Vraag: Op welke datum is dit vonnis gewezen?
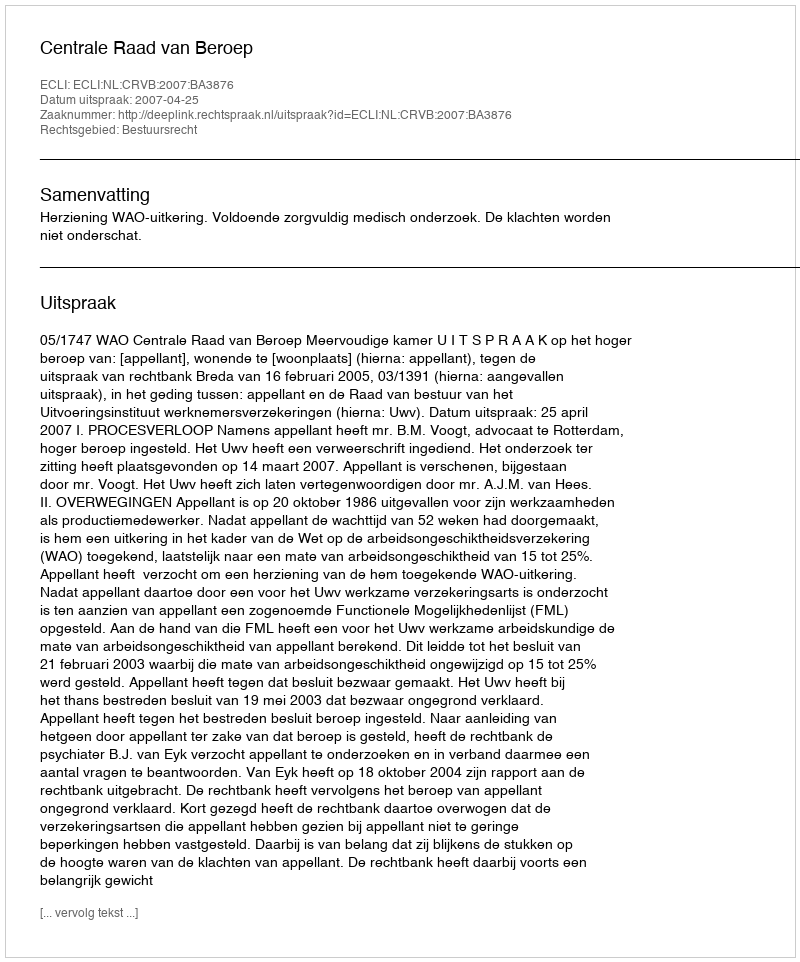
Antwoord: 2007-04-25